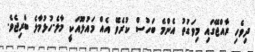
ދިވެހި ރާއްޖޭގައި މިވަގުތު އެންމެ ބަހުސް ކުރެވޭ އެއް މައުލޫއަކީ މާލެ-ހުޅުމާލެ ބްރިޖެވެ.